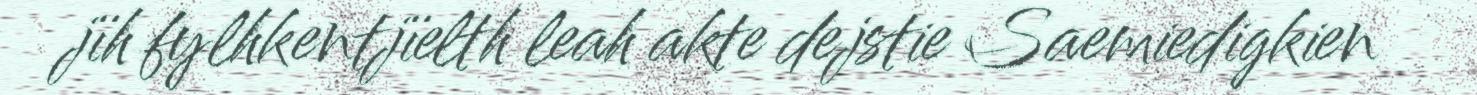
jïh fylhkentjïelth leah akte dejstie Saemiedigkien